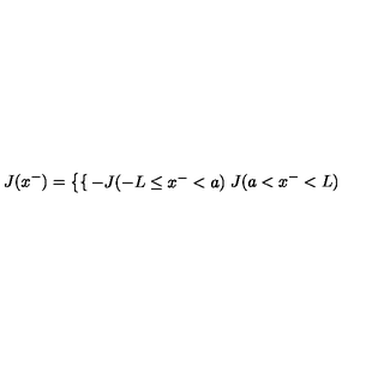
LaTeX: J ( x ^ { - } ) = \left\{ \begin{cases} { - J ( - L \le x ^ { - } < a ) } \\ { J ( a < x ^ { - } < L ) } \\ \end{cases} \right.